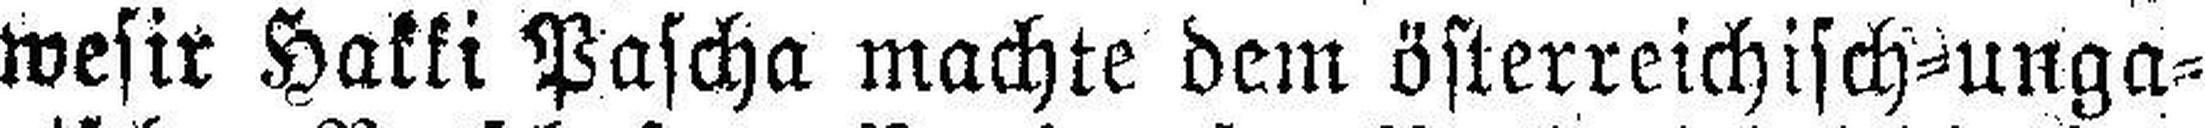
wesir Hakki Pascha machte dem österreichisch=unga¬